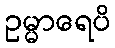
ဥမ္မာရေပိ